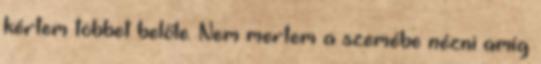
kértem többet belőle. Nem mertem a szemébe nézni amíg